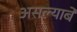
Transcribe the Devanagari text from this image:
असल्याबे